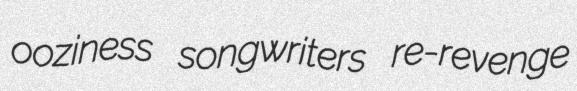
ooziness songwriters re-revenge